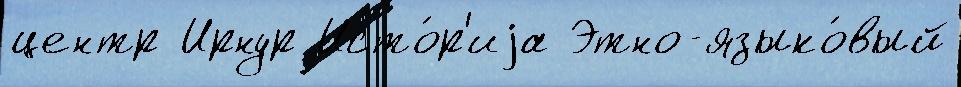
центр Ирнур Исто́р'иjа Этно-языко́вый